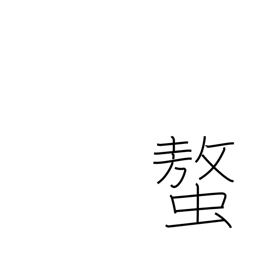
Meaning: claws